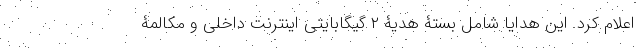
اعلام کرد. این هدایا شامل بستۀ هدیۀ ۲ گیگابایتی اینترنت داخلی و مکالمۀ